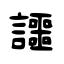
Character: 讍